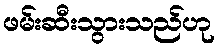
ဖမ်းဆီးသွားသည်ဟု